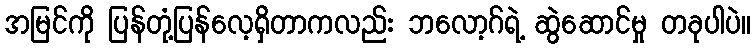
အမြင်ကို ပြန်တုံ့ပြန်လေ့ရှိတာကလည်း ဘလော့ဂ်ရဲ့ ဆွဲဆောင်မှု တခုပါပဲ။